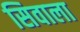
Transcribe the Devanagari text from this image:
सिवाला